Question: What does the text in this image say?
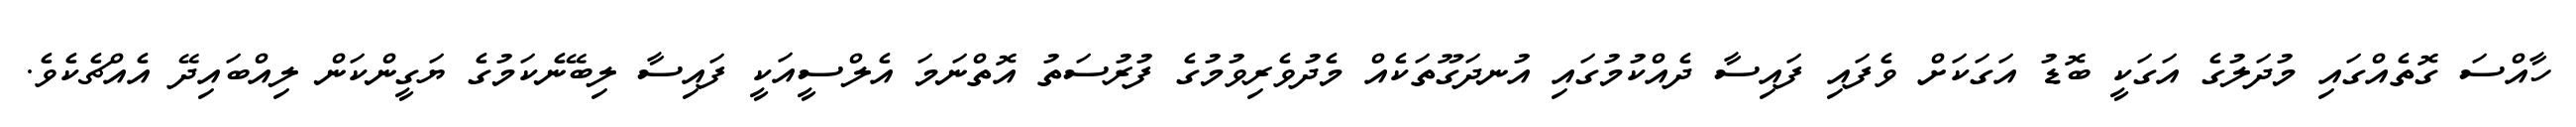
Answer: ހާއްސަ ގޮތެއްގައި މުދަލުގެ އަގަކީ ބޮޑު އަގަކަށް ވެފައި ފައިސާ ދެއްކުމުގައި އުނދަގޫތަކެއް މެދުވެރިވުމުގެ ފުރުސަތު އޮތްނަމަ އެލްސީއަކީ ފައިސާ ލިބޭނެކަމުގެ ޔަގީންކަން ލިއްބައިދޭ އެއްޗެކެވެ.